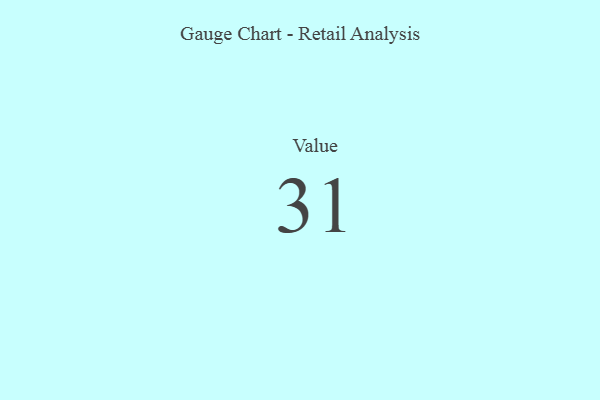
{"axis": {"x": "Metric", "y": "Value"}, "legend": [""], "data": [{"x": "Value", "y": 31, "type": ""}]}